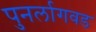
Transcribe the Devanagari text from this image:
पुनर्लागवड